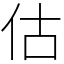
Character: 估